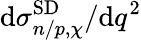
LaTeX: \mathrm{d}\sigma_{n/p,\chi}^{\mathrm{SD}}/\mathrm{d}q^{2}